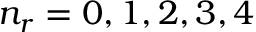
n _ { r } = 0 , 1 , 2 , 3 , 4